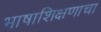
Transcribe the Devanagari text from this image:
भाषाशिक्षणाचा